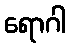
ရောဂါ